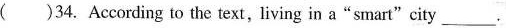
( )34. According to the text, living in a"smart"city_________.